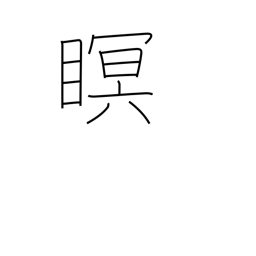
Meaning: close eyes